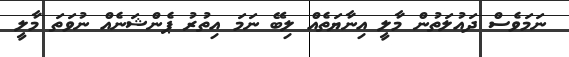
ނަމަވެސް ދައުލަތުން މާލީ އިނާޔަތެއް ލިބޭ ނަމަ އިތުރު ޕެންޝަނެއް ނުވަތަ މާލީ